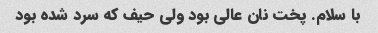
با سلام. پخت نان عالی بود ولی حیف که سرد شده بود